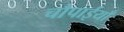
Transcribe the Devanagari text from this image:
चौपाईयाँ